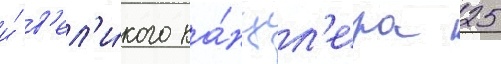
и́ в'ел'и́кого ка́нцл'ера 25